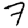
Digit: 7